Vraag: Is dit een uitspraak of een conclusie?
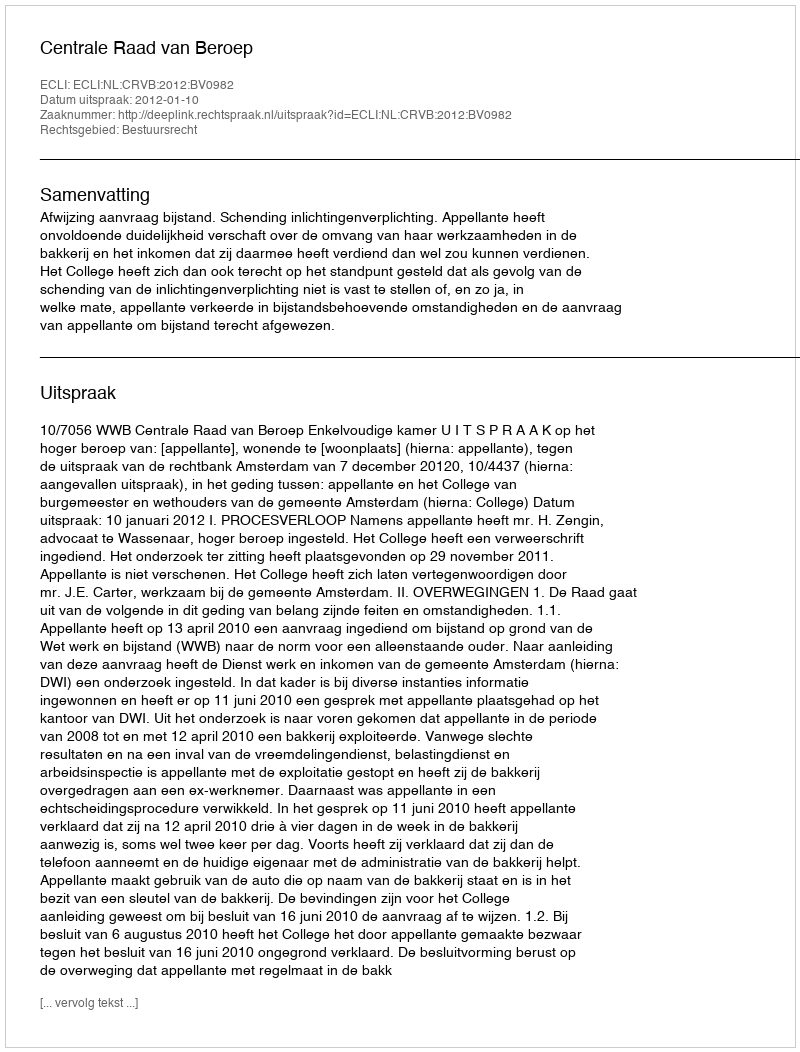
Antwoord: Uitspraak